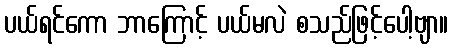
ပယ်ရင်ကော ဘာကြောင့် ပယ်မလဲ စသည်ဖြင့်ပေါ့ဗျာ။